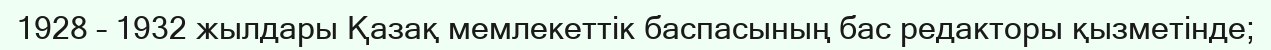
1928 – 1932 жылдары Қазақ мемлекеттік баспасының бас редакторы қызметінде;